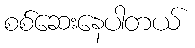
စစ်ဆေးနေပါတယ်